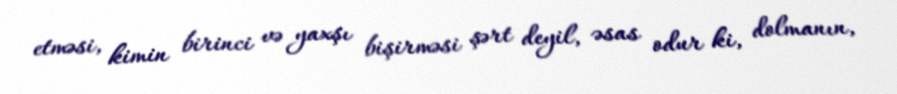
etməsi, kimin birinci və yaxşı bişirməsi şərt deyil, əsas odur ki, dolmanın,